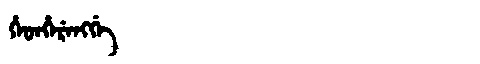
Manchu: ᡥᡝᡨᡥᡝᡵᡝᠩᡤᡝ
Romanization: HETHERENGGE